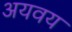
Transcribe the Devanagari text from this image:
अयवय